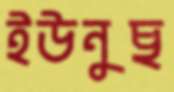
ইউনুছ